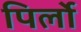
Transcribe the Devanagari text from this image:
पिर्लो